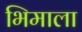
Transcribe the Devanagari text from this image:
भिमाला